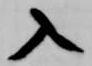
入